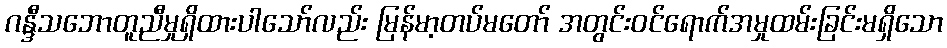
ဂန္ဒီသဘောတူညီမှုရှိထားပါသော်လည်း မြန်မာ့တပ်မတော် အတွင်းဝင်ရောက်အမှုထမ်းခြင်းမရှိသော